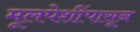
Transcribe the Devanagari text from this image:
मूलपेशींपासून